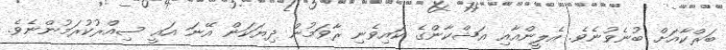
ބަރްކާއަށް ބުނެވުނެވެ. އެލީންއާއި އަޝްކާންގެ ކައިވެނި ރާވަމުން ދިޔަކަން އޭނަ އައީ ސިއްރުކުރަމުންނެވެ.